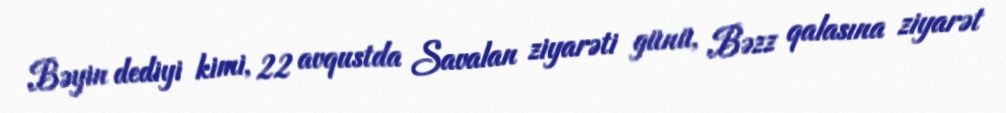
Bəyin dediyi kimi, 22 avqustda Savalan ziyarəti günü, Bəzz qalasına ziyarət